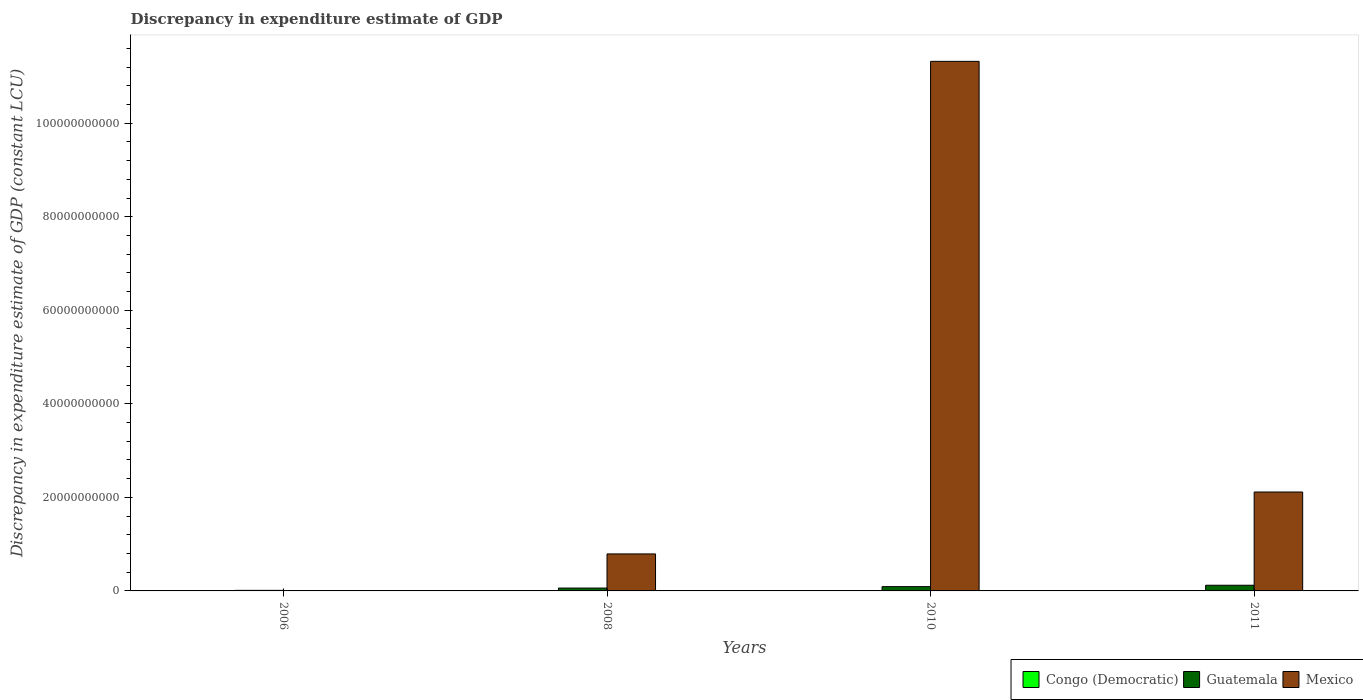
| Years | Congo (Democratic) | Guatemala | Mexico |
 | --- | --- | --- | --- |
 | 2006 | -0.000931 | 1.2e+08 | -8.03e+10 |
 | 2008 | -0.000931 | 6.12e+08 | 7.91e+09 |
 | 2010 | -1.28e+11 | 9.16e+08 | 1.13e+11 |
 | 2011 | -4.02e+11 | 1.22e+09 | 2.11e+10 |